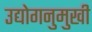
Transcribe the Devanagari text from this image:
उद्योगनुमुखी